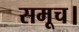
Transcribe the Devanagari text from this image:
समूच।